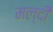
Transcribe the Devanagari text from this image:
मल्दी